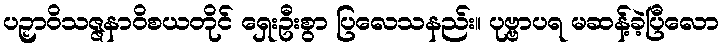
ပဉှာဝိသဇ္ဇနာဝိစယတိုင် ရှေးဦးစွာ ပြလေသနည်း။ ပုဗ္ဗာပရ မဆန့်ခဲ့ပြီလော